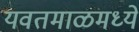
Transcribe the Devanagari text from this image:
यवतमाळमध्ये